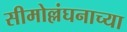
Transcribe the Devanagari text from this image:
सीमोल्लंघनाच्या